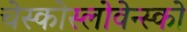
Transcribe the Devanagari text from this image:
चेस्कोस्लोवेन्स्को